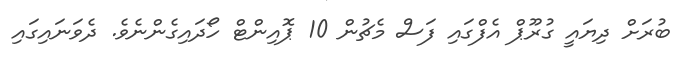
ބުރަށް ދިޔައީ ގުރޫޕް އެފްގައި ފަސް މެޗުން 10 ޕޮއިންޓް ހޯދައިގެންނެވެ. ދެވަނައިގައި